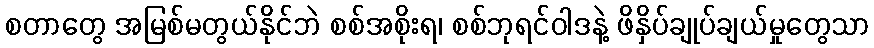
စတာတွေ အမြစ်မတွယ်နိုင်ဘဲ စစ်အစိုးရ၊ စစ်ဘုရင်ဝါဒနဲ့ ဖိနှိပ်ချုပ်ချယ်မှုတွေသာ